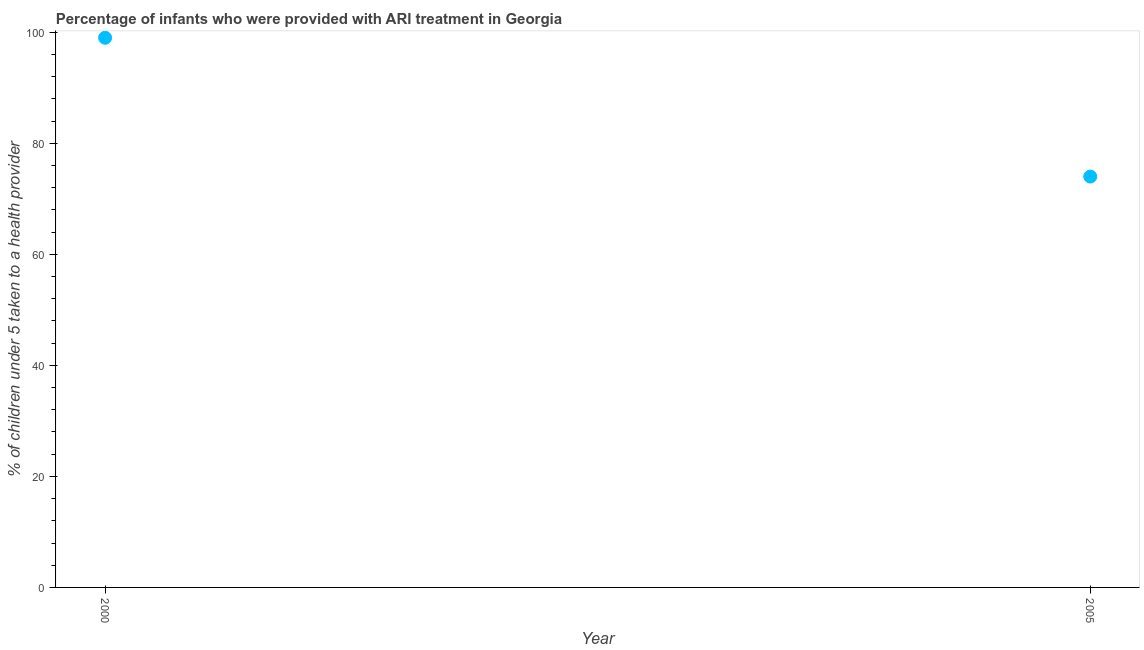
| Year | ARI treatment |
 | --- | --- |
 | 2000 | 99 |
 | 2005 | 74 |